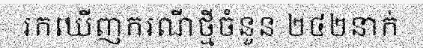
រកឃើញករណីថ្មីចំនួន ២៤២នាក់